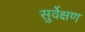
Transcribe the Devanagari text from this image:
सुर्वेक्षण